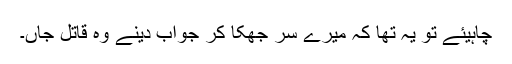
چاہیئے تو یہ تھا کہ میرے سر جھکا کر جواب دینے وہ قاتل جاں۔